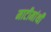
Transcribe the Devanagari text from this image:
माटीमांथी